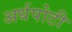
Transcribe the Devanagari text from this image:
अर्धपोटी